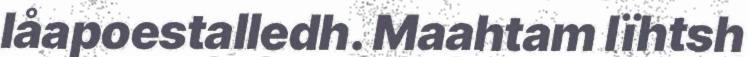
låapoestalledh. Maahtam lïhtsh